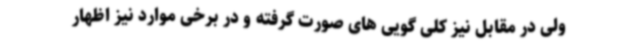
ولی در مقابل نیز کلی گویی های صورت گرفته و در برخی موارد نیز اظهار